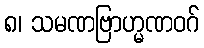
၈၊ သမဏဗြာဟ္မဏဝဂ်